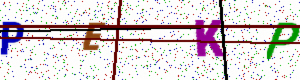
Text: PEKP